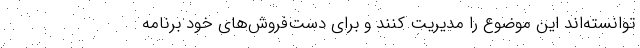
توانسته‌اند این موضوع را مدیریت کنند و برای دست‌فروش‌های خود برنامه